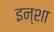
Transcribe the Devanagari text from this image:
इन्शा